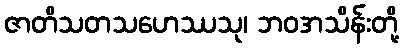
ဇာတိသတသဟေဿသု၊ ဘဝအသိန်းတို့